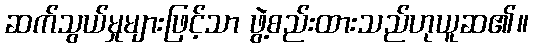
ဆက်သွယ်မှုများဖြင့်သာ ဖွဲ့စည်းထားသည်ဟုယူဆ၏။